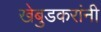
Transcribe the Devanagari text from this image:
खेबुडकरांनी